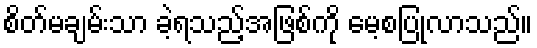
စိတ်မချမ်းသာ ခဲ့ရသည့်အဖြစ်ကို မေ့စပြုလာသည်။